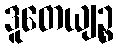
ဒူတေယျဉ္စ